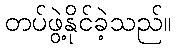
တပ်ဖွဲ့နိုင်ခဲ့သည်။